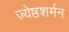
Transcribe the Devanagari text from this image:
ज्येष्ठशर्मन